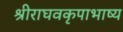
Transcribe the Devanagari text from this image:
श्रीराघवकृपाभाष्य